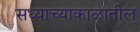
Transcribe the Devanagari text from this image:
सध्याच्याकाळातील